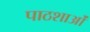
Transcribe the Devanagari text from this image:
पाठशाओं